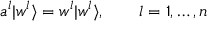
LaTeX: a ^ { l } | w ^ { l } \rangle = w ^ { l } | w ^ { l } \rangle , \qquad l = 1 , \ldots , n